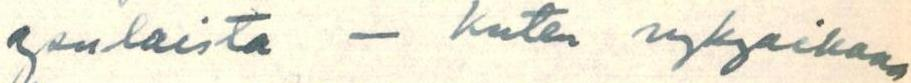
senlaista - kuten nykyaikana